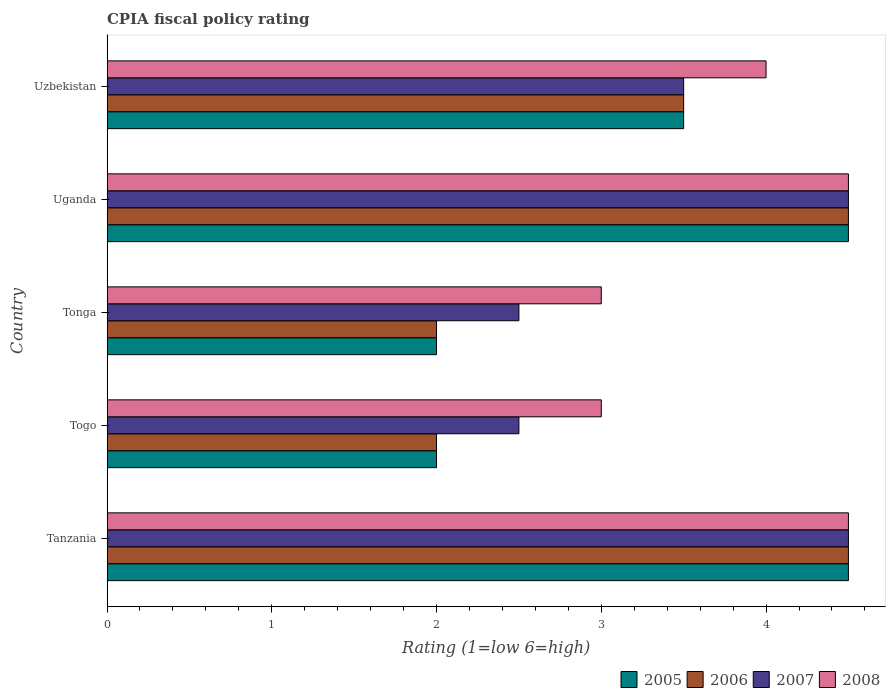
| Country | 2005 | 2006 | 2007 | 2008 |
 | --- | --- | --- | --- | --- |
 | Tanzania | 4.5 | 4.5 | 4.5 | 4.5 |
 | Togo | 2 | 2 | 2.5 | 3 |
 | Tonga | 2 | 2 | 2.5 | 3 |
 | Uganda | 4.5 | 4.5 | 4.5 | 4.5 |
 | Uzbekistan | 3.5 | 3.5 | 3.5 | 4 |